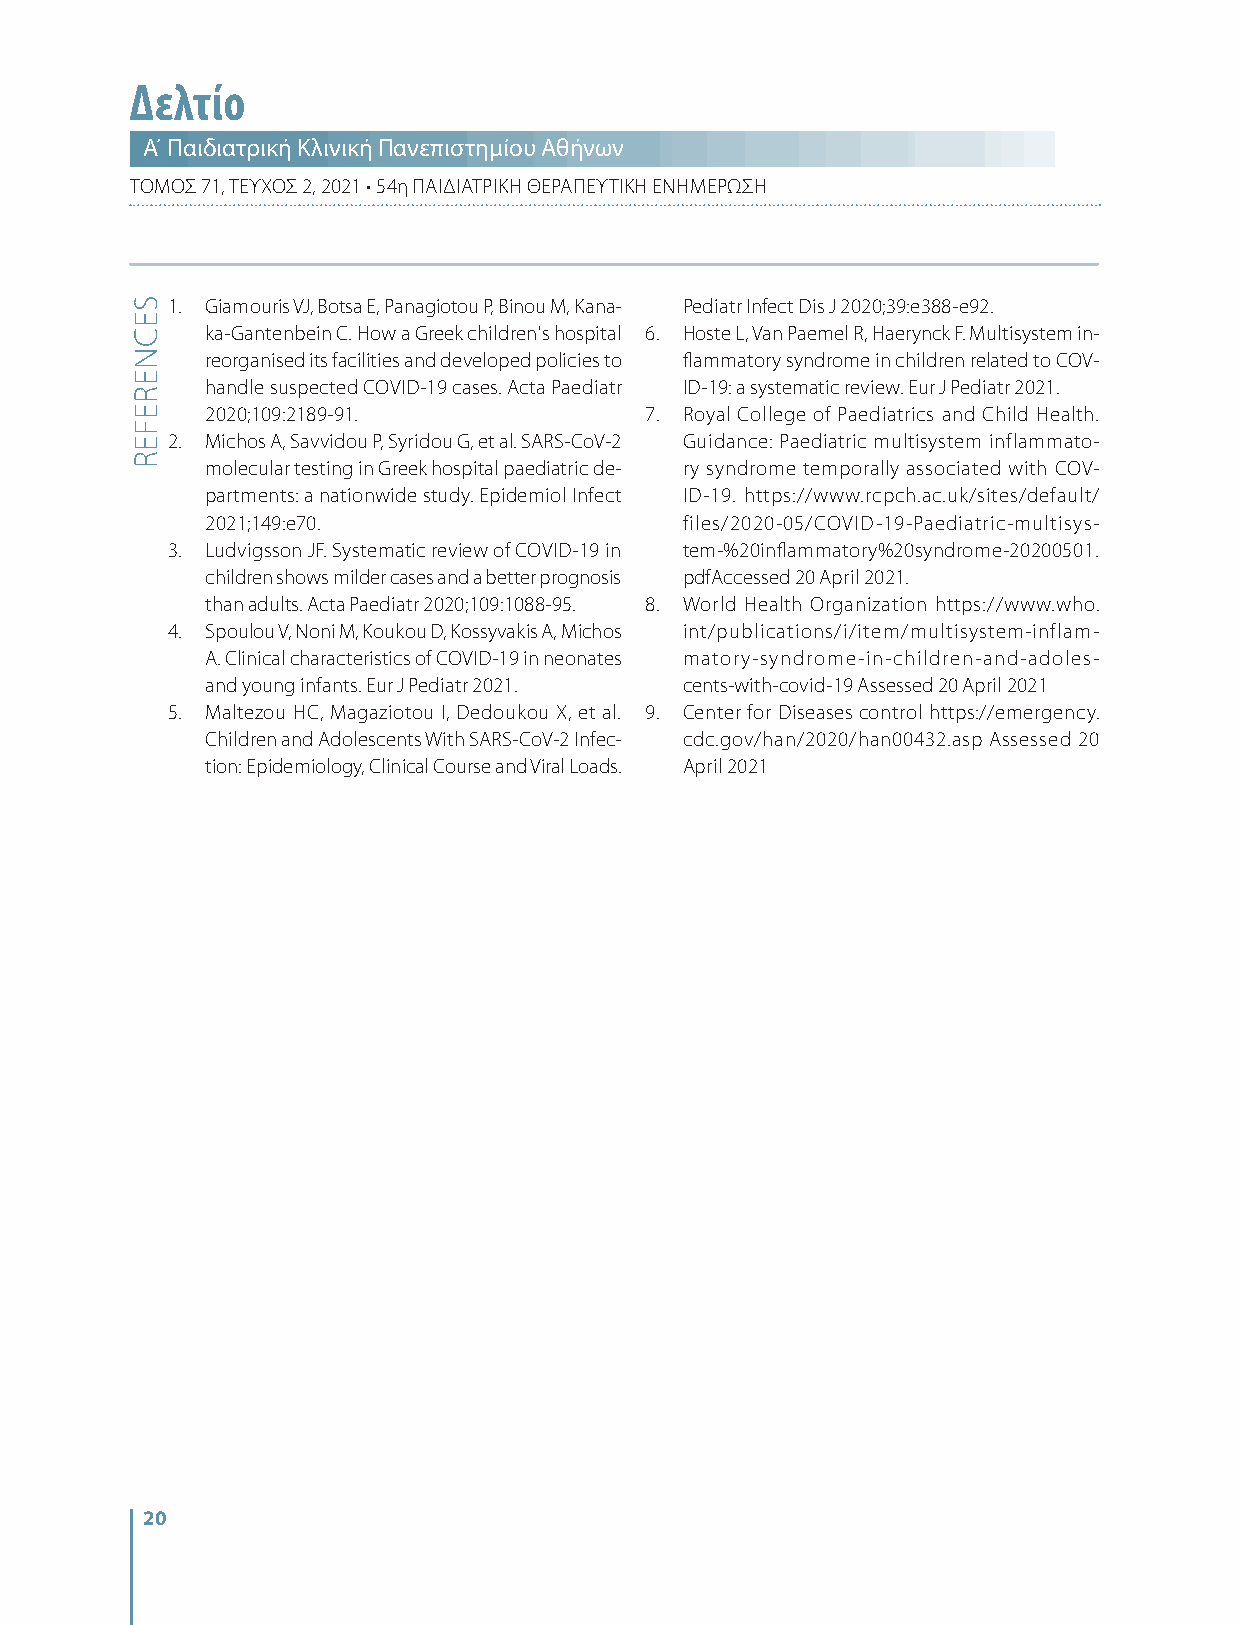
Δελτίο
 Α΄ Παιδιατρική Κλινική Πανεπιστημίου Αθήνων
 ΤΟΜΟΣ 71, ΤΕΥΧΟΣ 2, 2021 • 54η ΠΑΙΔΙΑΤΡΙΚΗ ΘΕΡΑΠΕΥΤΙΚΗ ΕΝΗΜΕΡΩΣΗ
 1. Giamouris VJ, Botsa E, Panagiotou P, Binou M, Kana- Pediatr Infect Dis J 2020;39:e388-e92.
 ka-Gantenbein C. How a Greek children's hospital 6. Hoste L, Van Paemel R, Haerynck F. Multisystem in-
 reorganised its facilities and developed policies to flammatory syndrome in children related to COV-
 handle suspected COVID-19 cases. Acta Paediatr ID-19: a systematic review. Eur J Pediatr 2021.
 2020;109:2189-91.            7. Royal College of Paediatrics and Child Health.
 2. Michos A, Savvidou P, Syridou G, et al. SARS-CoV-2 Guidance: Paediatric multisystem inflammato-
 molecular testing in Greek hospital paediatric de- ry syndrome temporally associated with COV-
 partments: a nationwide study. Epidemiol Infect ID-19. https://www.rcpch.ac.uk/sites/default/
 2021;149:e70.                  files/2020-05/COVID-19-Paediatric-multisys-
 3. Ludvigsson JF. Systematic review of COVID-19 in tem-%20inflammatory%20syndrome-20200501.
 children shows milder cases and a better prognosis pdfAccessed 20 Αpril 2021.
 than adults. Acta Paediatr 2020;109:1088-95. 8. World Health Organization https://www.who.
 4. Spoulou V, Noni M, Koukou D, Kossyvakis A, Michos int/publications/i/item/multisystem-inflam-
 A. Clinical characteristics of COVID-19 in neonates matory-syndrome-in-children-and-adoles-
 and young infants. Eur J Pediatr 2021. cents-with-covid-19 Assessed 20 April 2021
 5. Maltezou HC, Magaziotou I, Dedoukou X, et al. 9. Center for Diseases control https://emergency.
 Children and Adolescents With SARS-CoV-2 Infec- cdc.gov/han/2020/han00432.asp Assessed 20
 tion: Epidemiology, Clinical Course and Viral Loads. April 2021
 20
 SECNEREFER